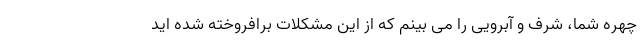
چهره شما، شرف و آبرویی را می بینم که از این مشکلات برافروخته شده اید